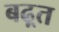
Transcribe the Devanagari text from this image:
बढ़्त